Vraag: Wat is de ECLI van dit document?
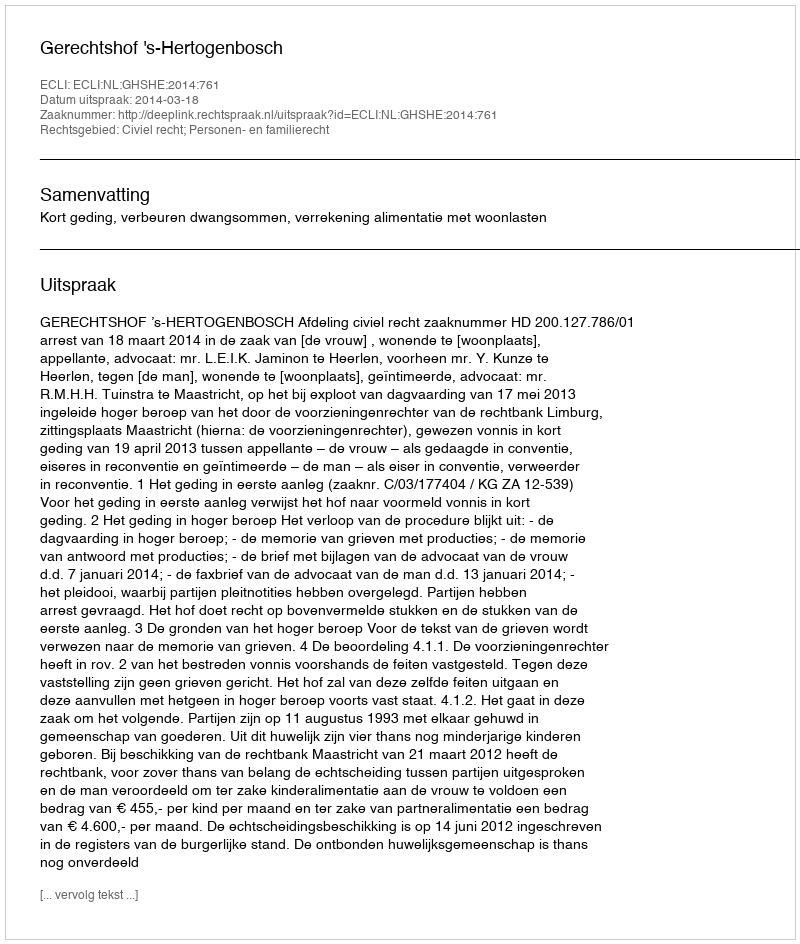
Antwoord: ECLI:NL:GHSHE:2014:761